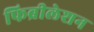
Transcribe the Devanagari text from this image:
फिब्रीलेशन